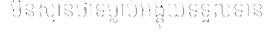
មិនស្មានថាទម្លាប់អង្គុយទទួលទាន